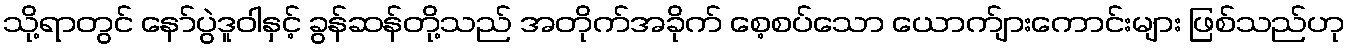
သို့ရာတွင် နော်ပွဲဒူဝါနှင့် ခွန်ဆန်တို့သည် အတိုက်အခိုက် စေ့စပ်သော ယောက်ျားကောင်းများ ဖြစ်သည်ဟု